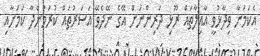
އެކަމަނާ ވިދާޅުވީ އާއިލާތައް ރޫޅި ދަރިންނަށް އޭގެ ނޭދެވޭ އަސަރުތައް ކުރަމުންދާ ކަމަށާއި